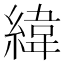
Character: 緯